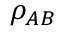
\rho _ { A B }